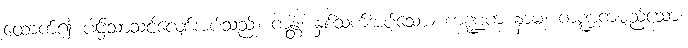
ထောက်၍ ပါဌ်သာသင့်လျော်အပ်သည်။ ကန္တံ၊ နှစ်သက်အပ်သော။ ကဏ္ဍကံ နာမ၊ ကဏ္ဍကမည်သော။